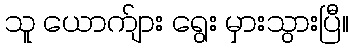
သူ ယောက်ျား ရွေး မှားသွားပြီ။